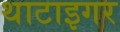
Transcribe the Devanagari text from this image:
थाटाइगर